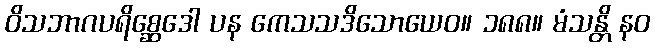
ဝိသဘာဂပရိစ္ဆေဒေါ ပန ကေသသဒိသောယေဝ။ ၁၈၈။ မံသန္တိ နဝ